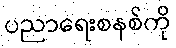
ပညာရေးစနစ်ကို